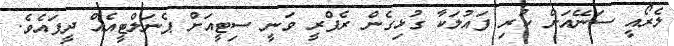
ލެރޯއީ ސަނޭއަށް ކުރި ފައުލަކާ ގުޅިގެން ރެފްރީ ވަނީ ސިޓީއަށް ޕެނަލްޓީއެއް ދީފައެވެ.